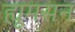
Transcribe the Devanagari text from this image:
ह्यूमसन